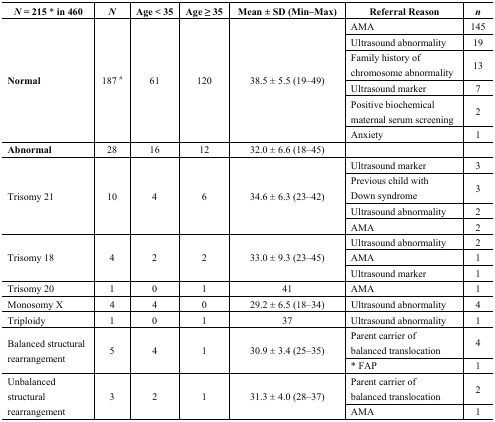
<table><thead><tr><td><b><i>N</i> = 215 * in 460</b></td><td><b><i>N</i></b></td><td><b>Age &lt; 35</b></td><td><b>Age ≥ 35</b></td><td><b>Mean ± SD (Min–Max)</b></td><td><b>Referral Reason</b></td><td><b><i>n</i></b></td></tr></thead><tbody><tr><td rowspan="6"><b>Normal</b></td><td rowspan="6">187 <sup>#</sup></td><td rowspan="6">61</td><td rowspan="6">120</td><td rowspan="6">38.5 ± 5.5 (19–49)</td><td>AMA</td><td>145</td></tr><tr><td>Ultrasound abnormality</td><td>19</td></tr><tr><td>Family history of chromosome abnormality</td><td>13</td></tr><tr><td>Ultrasound marker</td><td>7</td></tr><tr><td>Positive biochemical maternal serum screening</td><td>2</td></tr><tr><td>Anxiety</td><td>1</td></tr><tr><td><b>Abnormal</b></td><td>28</td><td>16</td><td>12</td><td>32.0 ± 6.6 (18–45)</td><td></td><td></td></tr><tr><td rowspan="4">Trisomy 21</td><td rowspan="4">10</td><td rowspan="4">4</td><td rowspan="4">6</td><td rowspan="4">34.6 ± 6.3 (23–42)</td><td>Ultrasound marker</td><td>3</td></tr><tr><td>Previous child with Down syndrome</td><td>3</td></tr><tr><td>Ultrasound abnormality</td><td>2</td></tr><tr><td>AMA</td><td>2</td></tr><tr><td rowspan="3">Trisomy 18</td><td rowspan="3">4</td><td rowspan="3">2</td><td rowspan="3">2</td><td rowspan="3">33.0 ± 9.3 (23–45)</td><td>Ultrasound abnormality</td><td>2</td></tr><tr><td>AMA</td><td>1</td></tr><tr><td>Ultrasound marker</td><td>1</td></tr><tr><td>Trisomy 20</td><td>1</td><td>0</td><td>1</td><td>41</td><td>AMA</td><td>1</td></tr><tr><td>Monosomy X</td><td>4</td><td>4</td><td>0</td><td>29.2 ± 6.5 (18–34)</td><td>Ultrasound abnormality</td><td>4</td></tr><tr><td>Triploidy</td><td>1</td><td>0</td><td>1</td><td>37</td><td>Ultrasound abnormality</td><td>1</td></tr><tr><td rowspan="2">Balanced structural rearrangement</td><td rowspan="2">5</td><td rowspan="2">4</td><td rowspan="2">1</td><td rowspan="2">30.9 ± 3.4 (25–35)</td><td>Parent carrier of balanced translocation</td><td>4</td></tr><tr><td>* FAP</td><td>1</td></tr><tr><td rowspan="2">Unbalanced structural rearrangement</td><td rowspan="2">3</td><td rowspan="2">2</td><td rowspan="2">1</td><td rowspan="2">31.3 ± 4.0 (28–37)</td><td>Parent carrier of balanced translocation</td><td>2</td></tr><tr><td>AMA</td><td>1</td></tr></tbody></table>